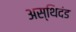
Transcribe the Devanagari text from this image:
अस्थिदंड